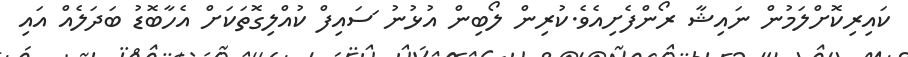
ކައިރިކޮށްލަމުން ނައިޝާ ރޯންފެށިއެވެ.ކުރިން ލޯބިން އުޅުނު ަަސައިފް ކުއްލިގޮތަކަށް އެހާބޮޑު ބަދަލެއް އައި